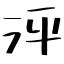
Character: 泙